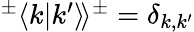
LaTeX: \begin{array}{r}{^\pm\langle k|k^{\prime}\rangle\! \rangle^{\pm}=\delta_{k,k^{\prime}}}\end{array}